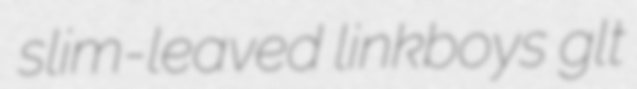
slim-leaved linkboys glt